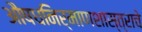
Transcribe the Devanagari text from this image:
औषधनिर्माणशास्त्राचे